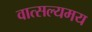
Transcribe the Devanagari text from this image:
वात्सल्यमय